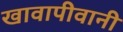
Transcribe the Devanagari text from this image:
खावापीवानी